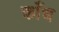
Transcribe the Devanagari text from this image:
काँध